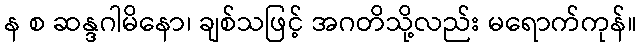
န စ ဆန္ဒဂါမိနော၊ ချစ်သဖြင့် အဂတိသို့လည်း မရောက်ကုန်။